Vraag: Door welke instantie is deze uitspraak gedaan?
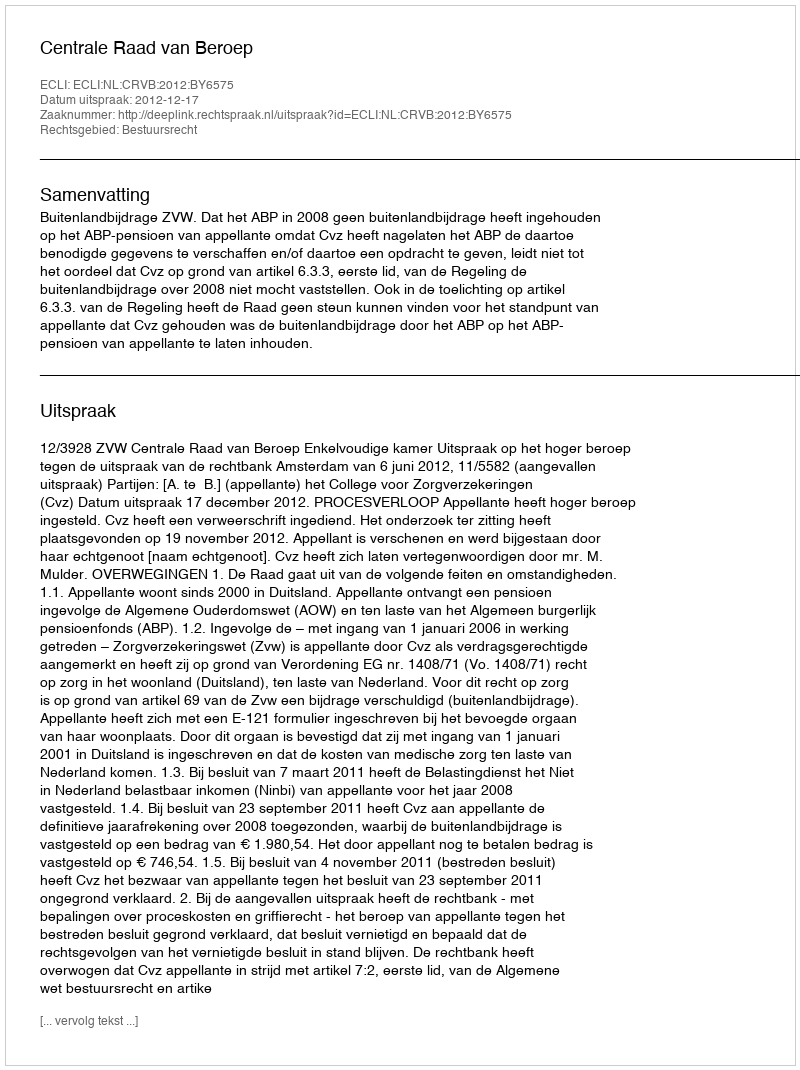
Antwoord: Centrale Raad van Beroep